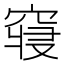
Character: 𱷊